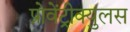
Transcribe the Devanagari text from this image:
प्रोवेंट्रीक्युलस